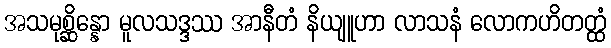
အသမုစ္ဆိန္နော မူလသဒ္ဒဿ အာနီတံ နိယျူဟာ လာသနံ လောကဟိတတ္ထံ